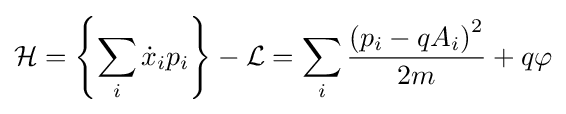
{\mathcal {H}}=\left\{\sum _{i}{\dot {x}}_{i}p_{i}\right\}-{\mathcal {L}}=\sum _{i}{\frac {\left(p_{i}-qA_{i}\right)^{2}}{2m}}+q\varphi